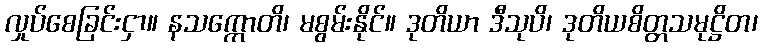
လှုပ်စေခြင်းငှာ။ နသက္ကောတိ၊ မစွမ်းနိုင်။ ဒုတိယာ ဒီသုပိ၊ ဒုတိယစိတ္တသမုဋ္ဌိတ၊